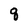
Character: q